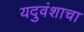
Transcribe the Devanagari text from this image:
यदुवंशाचा